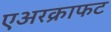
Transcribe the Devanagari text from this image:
एअरक्राफट